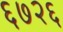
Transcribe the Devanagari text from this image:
६७२६